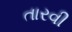
તારવી